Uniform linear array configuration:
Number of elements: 4
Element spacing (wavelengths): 0.5
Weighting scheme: cosine
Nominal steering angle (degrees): -30
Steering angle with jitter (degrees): -31.251
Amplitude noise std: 0.05
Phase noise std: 0.05

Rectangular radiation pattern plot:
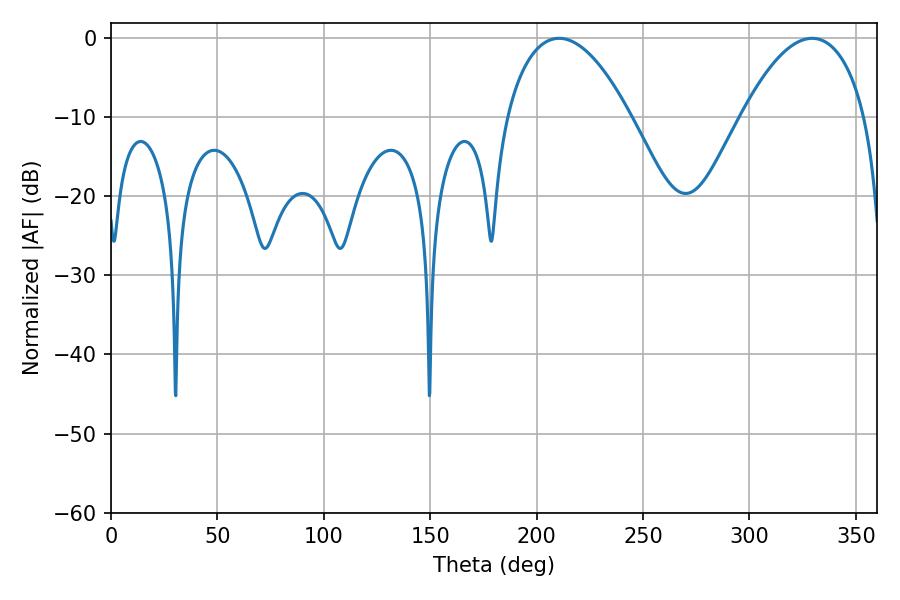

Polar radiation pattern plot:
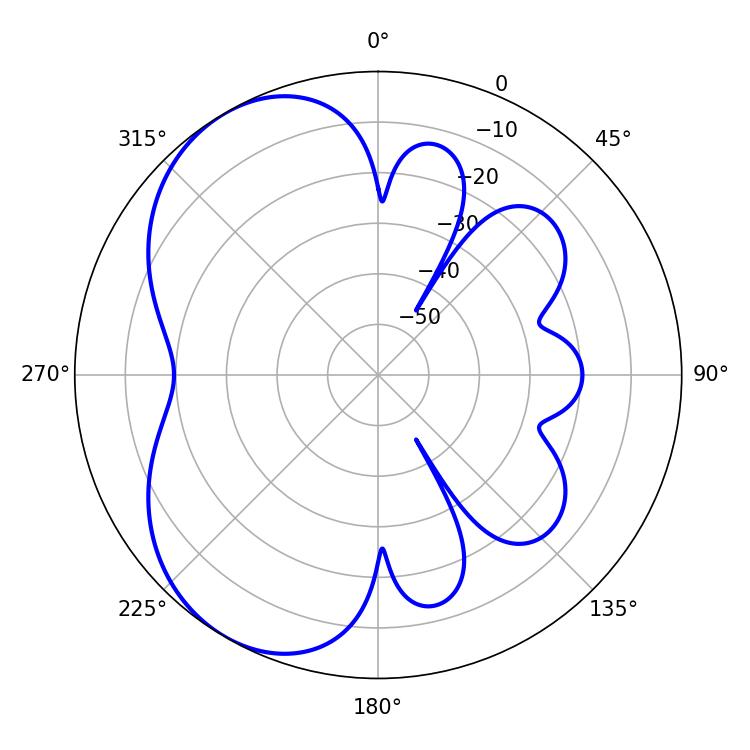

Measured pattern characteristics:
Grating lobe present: FALSE
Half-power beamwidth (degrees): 32.4
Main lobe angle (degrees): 210.6